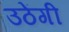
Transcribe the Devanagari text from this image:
उठेंगी